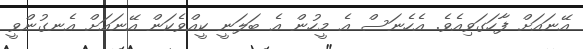
އޭނައަށް ފާހަގަވިއެވެ. އެހެނަސް އެ މީހުން އެ ބަލަނީ ކީއްވެކަން އޭނައަށް އެނގުންވީ